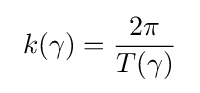
~k(\gamma )={\frac {2\pi }{T(\gamma )}}~